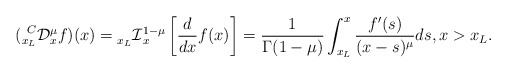
\begin{align*}(\prescript{C}{x_L}{\mathcal{D}}_{x}^{\mu}f)(x)=\prescript{}{x_L}{\mathcal{I}}_{x}^{1-\mu}\left[\frac{d }{dx}f(x)\right]=\frac1{\Gamma(1-\mu)}\int_{x_L}^x\frac{f^{\prime}(s)}{(x-s)^{\mu}}ds,x>x_L.\end{align*}